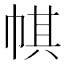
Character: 帺